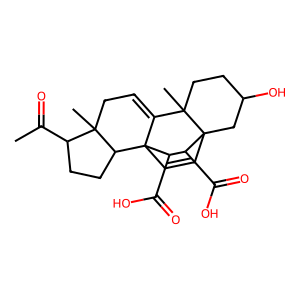
SMILES: CC(=O)C1CCC2C1(C)CC=C1C23C=CC2(CC(O)CCC12C)C(C(=O)O)C3C(=O)O
Inhibits HIV replication: No